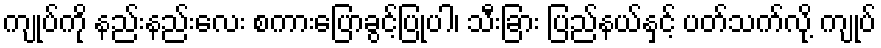
ကျုပ်ကို နည်းနည်းလေး စကားပြောခွင့်ပြုပါ၊ သီးခြား ပြည်နယ်နှင့် ပတ်သက်လို့ ကျုပ်